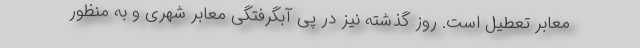
معابر تعطیل است. روز گذشته نیز در پی آبگرفتگی معابر شهری و به منظور